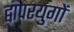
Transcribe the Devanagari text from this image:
द्वापरयुगों